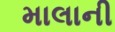
માલાની